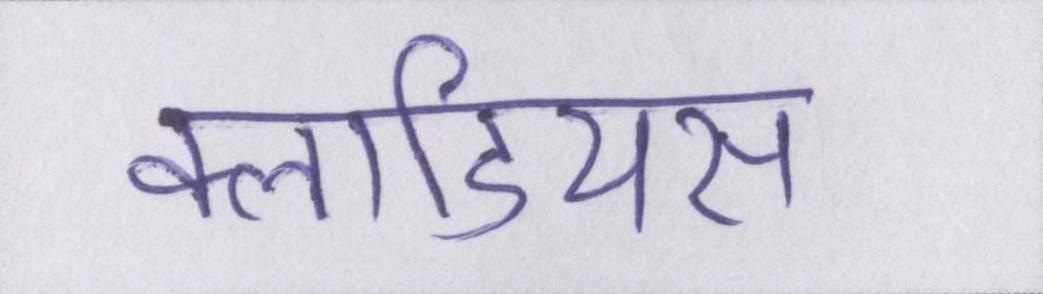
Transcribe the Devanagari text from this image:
क्लाडियस